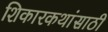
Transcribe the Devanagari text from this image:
शिकारकथांसाठी